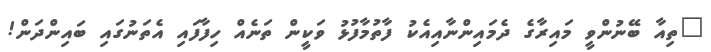
"ތިއާ ބޭނުންވީ މައިރާގެ ދެމައިންނާއިއެކު ފާތުމާފުޅު ވަކީން ތަނެއް ހިފާފައި އެތަނުގައި ބައިންދަން!